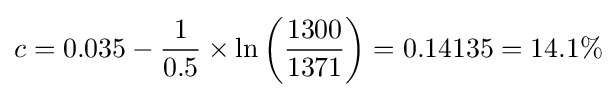
c=0.035-{\frac {1}{0.5}}\times \ln \left({\frac {1300}{1371}}\right)=0.14135=14.1\%